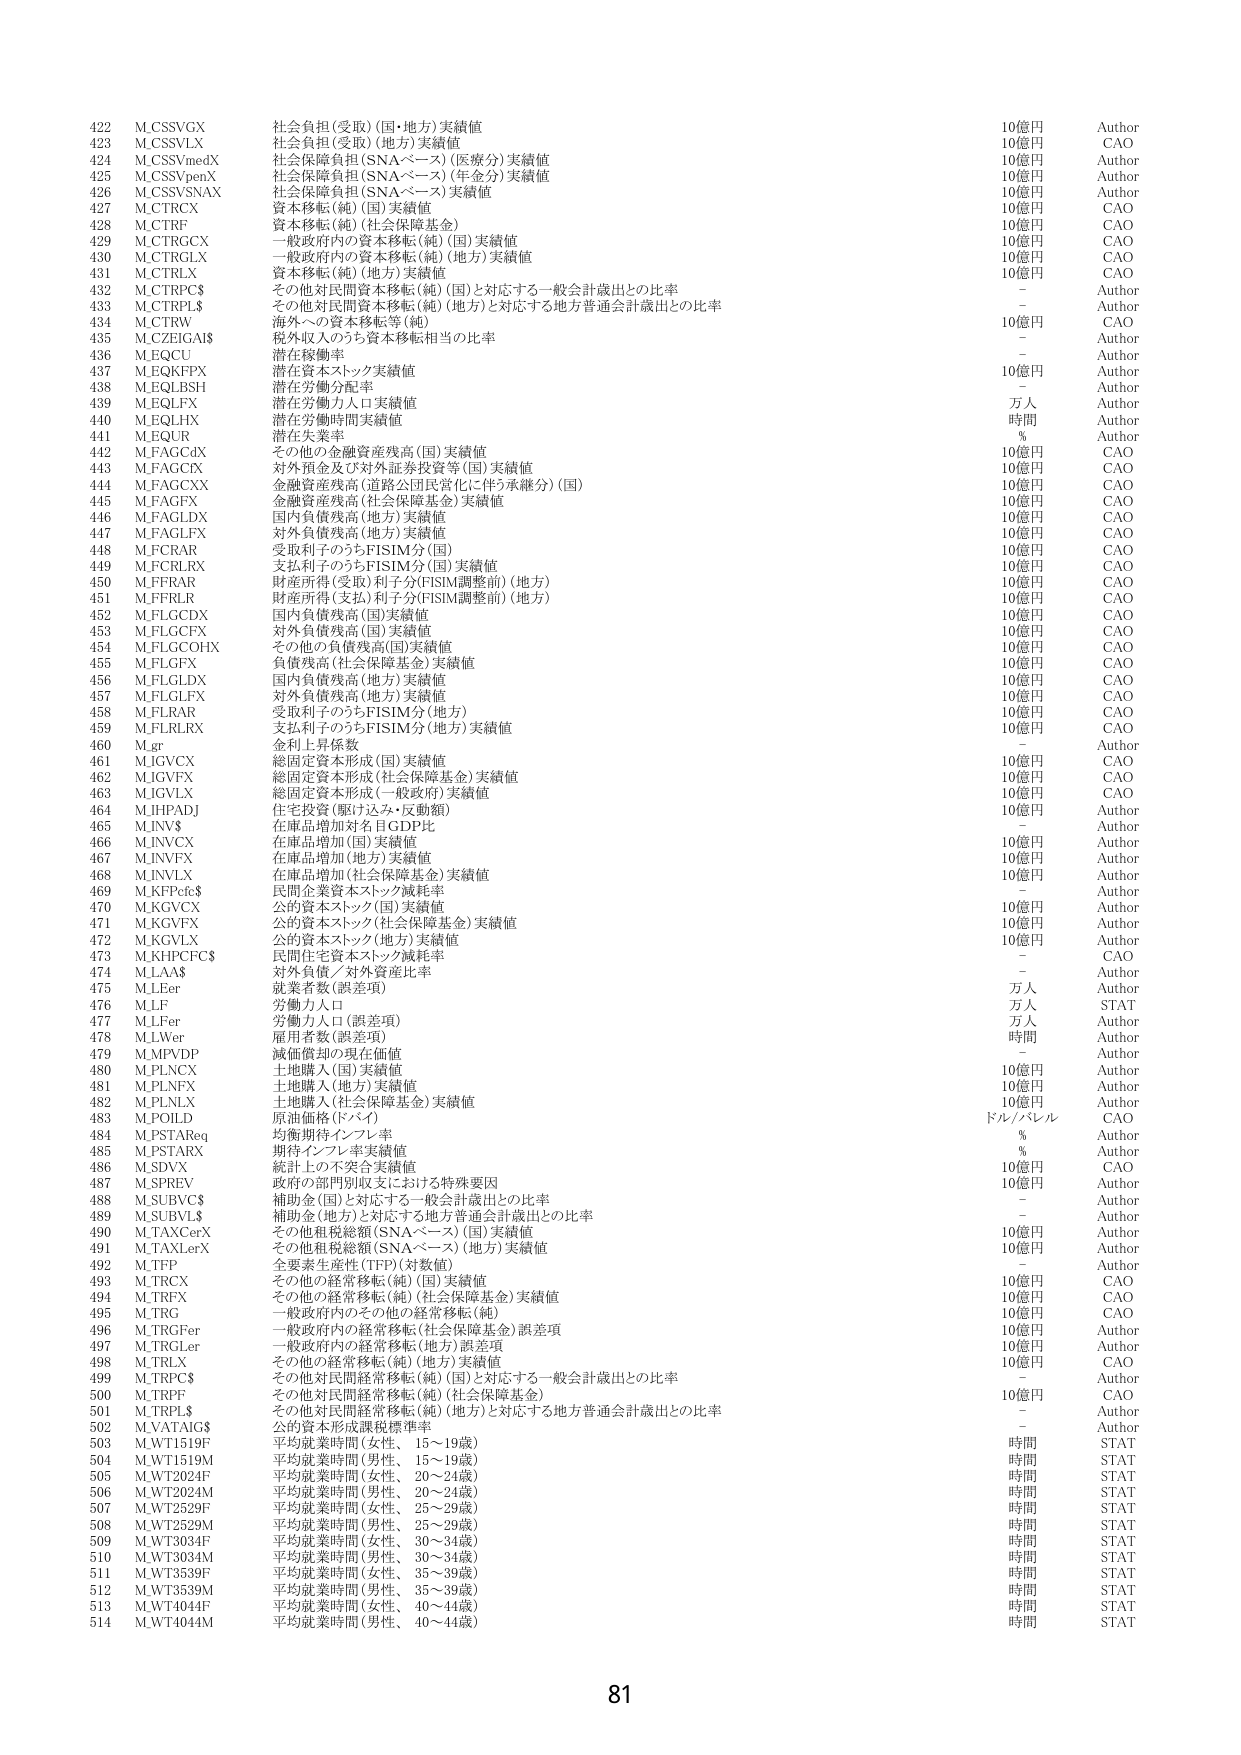
422 M.CSSVGX 社会負担(受取)(国・地方)実績値 10億円 Author
423 M.CSSVLX 社会負担(受取)(地方)実績値 10億円 CAO
424 M.CSSVmedX 社会保障負担(SNAベース)(医療分)実績値 10億円 Author
425 M.CSSVpenX 社会保障負担(SNAベース)(年金分)実績値 10億円 Author
426 M.CSSVSNAX 社会保障負担(SNAベース)実績値 10億円 Author
427 M.CTRCX 資本移転(純)(国)実績値 10億円 CAO
428 M.CTRF 資本移転(純)(社会保障基金) 10億円 CAO
429 M.CTRGCX 一般政府内の資本移転(純)(国)実績値 10億円 CAO
430 M.CTRGLX 一般政府内の資本移転(純)(地方)実績値 10億円 CAO
431 M.CTRLX 資本移転(純)(地方)実績値 10億円 CAO
432 M.CTRPC$ その他対民間資本移転(純)(国)と対応する一般会計歳出との比率 - Author
433 M.CTRPL$ その他対民間資本移転(純)(地方)と対応する地方普通会計歳出との比率 - Author
434 M.CTRW 海外への資本移転等(純) 10億円 CAO
435 M.CZEIGAI$ 税外収入のうち資本移転相当の比率 - Author
436 M.EQCU 潜在稼働率 - Author
437 M.EQKFPX 潜在資本ストック実績値 10億円 Author
438 M.EQLBSH 潜在労働分配率 - Author
439 M.EQLFX 潜在労働力人口実績値 万人 Author
440 M.EQLHX 潜在労働時間実績値 時間 Author
441 M.EQUR 潜在失業率 % Author
442 M.FAGC4X その他の金融資産残高(国)実績値 10億円 CAO
443 M.FAGCIX 対外預金及び対外証券投資等(国)実績値 10億円 CAO
444 M.FAGCXX 金融資産残高(道路公団民営化に伴う承継分)(国) 10億円 CAO
445 M.FAGFX 金融資産残高(社会保障基金)実績値 10億円 CAO
446 M.FAGLDX 国内負債残高(地方)実績値 10億円 CAO
447 M.FAGLFX 対外負債残高(地方)実績値 10億円 CAO
448 M.FCRAR 受取利子のうちFISIM分(国) 10億円 CAO
449 M.FCRLRX 支払利子のうちFISIM分(国)実績値 10億円 CAO
450 M.FFRAR 財産所得(受取)利子分(FISIM調整前)(地方) 10億円 CAO
451 M.FFRLR 財産所得(支払)利子分(FISIM調整前)(地方) 10億円 CAO
452 M.FLGCDX 国内負債残高(国)実績値 10億円 CAO
453 M.FLGCFX 対外負債残高(国)実績値 10億円 CAO
454 M.FLGCOHX その他の負債残高(国)実績値 10億円 CAO
455 M.FLGFX 負債残高(社会保障基金)実績値 10億円 CAO
456 M.FLGLDX 国内負債残高(地方)実績値 10億円 CAO
457 M.FLGLFX 対外負債残高(地方)実績値 10億円 CAO
458 M.FLRAR 受取利子のうちFISIM分(地方) 10億円 CAO
459 M.FLRLRX 支払利子のうちFISIM分(地方)実績値 10億円 CAO
460 M.gr 金利上昇係数 - Author
461 M.JGVCX 総固定資本形成(国)実績値 10億円 CAO
462 M.JGVFX 総固定資本形成(社会保障基金)実績値 10億円 CAO
463 M.JGVLX 総固定資本形成(一般政府)実績値 10億円 CAO
464 M.JHPADJ 住宅投資(駆け込み・反動額) 10億円 Author
465 M.INV$ 在庫品増加対名目GDP比 - Author
466 M.INVCX 在庫品増加(国)実績値 10億円 Author
467 M.INVFX 在庫品増加(地方)実績値 10億円 Author
468 M.INVLX 在庫品増加(社会保障基金)実績値 10億円 Author
469 M.KFPcfc$ 民間企業資本ストック減耗率 - Author
470 M.KGVCX 公的資本ストック(国)実績値 10億円 Author
471 M.KGVFX 公的資本ストック(社会保障基金)実績値 10億円 Author
472 M.KGVLX 公的資本ストック(地方)実績値 10億円 Author
473 M.KHPFCF$ 民間住宅資本ストック減耗率 - CAO
474 M.LAA$ 対外負債／対外資産比率 - Author
475 M.LEr 就業者数(誤差項) 万人 Author
476 M.LF 労働力人口 万人 STAT
477 M.LFer 労働力人口(誤差項) 万人 Author
478 M.LWer 雇用者数(誤差項) 時間 Author
479 M.MPVDP 減価償却の現在価値 - Author
480 M.PLNCX 土地購入(国)実績値 10億円 Author
481 M.PLNLX 土地購入(地方)実績値 10億円 Author
482 M.PLNLX 土地購入(社会保障基金)実績値 10億円 Author
483 M.POILD 原油価格(ドバイ) ドル/バレル CAO
484 M.PSTAReq 均衡期待インフレ率 % Author
485 M.PSTARX 期待インフレ率実績値 % Author
486 M.SDVX 統計上の不突合実績値 10億円 CAO
487 M.SPREV 政府の部門別収支における特殊要因 10億円 Author
488 M.SUBVC$ 補助金(国)と対応する一般会計歳出との比率 - Author
489 M.SUBVL$ 補助金(地方)と対応する地方普通会計歳出との比率 - Author
490 M.TAXCerX その他租税総額(SNAベース)(国)実績値 10億円 Author
491 M.TAXLerX その他租税総額(SNAベース)(地方)実績値 10億円 Author
492 M.TFP 全要素生産性(TFP)(対数値) - Author
493 M.TRCX その他の経常移転(純)(国)実績値 10億円 CAO
494 M.TRFX その他の経常移転(純)(社会保障基金)実績値 10億円 CAO
495 M.TRG 一般政府内のその他の経常移転(純) 10億円 CAO
496 M.TRGFer 一般政府内の経常移転(社会保障基金)誤差項 10億円 Author
497 M.TRGLer 一般政府内の経常移転(地方)誤差項 10億円 Author
498 M.TRLX その他の経常移転(純)(地方)実績値 10億円 CAO
499 M.TRPC$ その他対民間経常移転(純)(国)と対応する一般会計歳出との比率 - Author
500 M.TRPF その他対民間経常移転(純)(社会保障基金) 10億円 CAO
501 M.TRPL$ その他対民間経常移転(純)(地方)と対応する地方普通会計歳出との比率 - Author
502 M.VATAIG$ 公的資本形成課税標準率 - Author
503 M.WT1519F 平均就業時間(女性、15～19歳) 時間 STAT
504 M.WT1519M 平均就業時間(男性、15～19歳) 時間 STAT
505 M.WT2024F 平均就業時間(女性、20～24歳) 時間 STAT
506 M.WT2024M 平均就業時間(男性、20～24歳) 時間 STAT
507 M.WT2529F 平均就業時間(女性、25～29歳) 時間 STAT
508 M.WT2529M 平均就業時間(男性、25～29歳) 時間 STAT
509 M.WT3034F 平均就業時間(女性、30～34歳) 時間 STAT
510 M.WT3034M 平均就業時間(男性、30～34歳) 時間 STAT
511 M.WT3539F 平均就業時間(女性、35～39歳) 時間 STAT
512 M.WT3539M 平均就業時間(男性、35～39歳) 時間 STAT
513 M.WT4044F 平均就業時間(女性、40～44歳) 時間 STAT
514 M.WT4044M 平均就業時間(男性、40～44歳) 時間 STAT

81